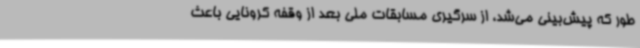
طور که پیش‌بینی می‌شد، از سرگیری مسابقات ملی بعد از وقفه کرونایی باعث